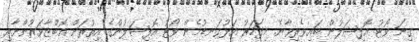
ގިނަ ވޯޓު އޮފިޝަލުން ބައިވެރިވާނެ. މިފަހަރު އަޅުގަނޑުމެން ވޯޓު އޮފިޝަލުންގެ އިތުރަށް އޮބްޒާވަރުންނާއި